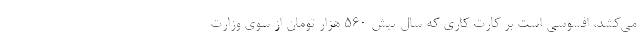
مي‌كشد، افسوسي است بر كارت كاري كه سال پيش ۵۶۰ هزار تومان از سوي وزارت